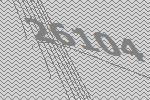
26104